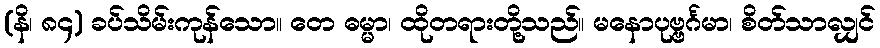
(နိ၊ ၈၄) ခပ်သိမ်းကုန်သော။ တေ ဓမ္မာ၊ ထိုတရားတို့သည်။ မနောပုဗ္ဗင်္ဂမာ၊ စိတ်သာလျှင်